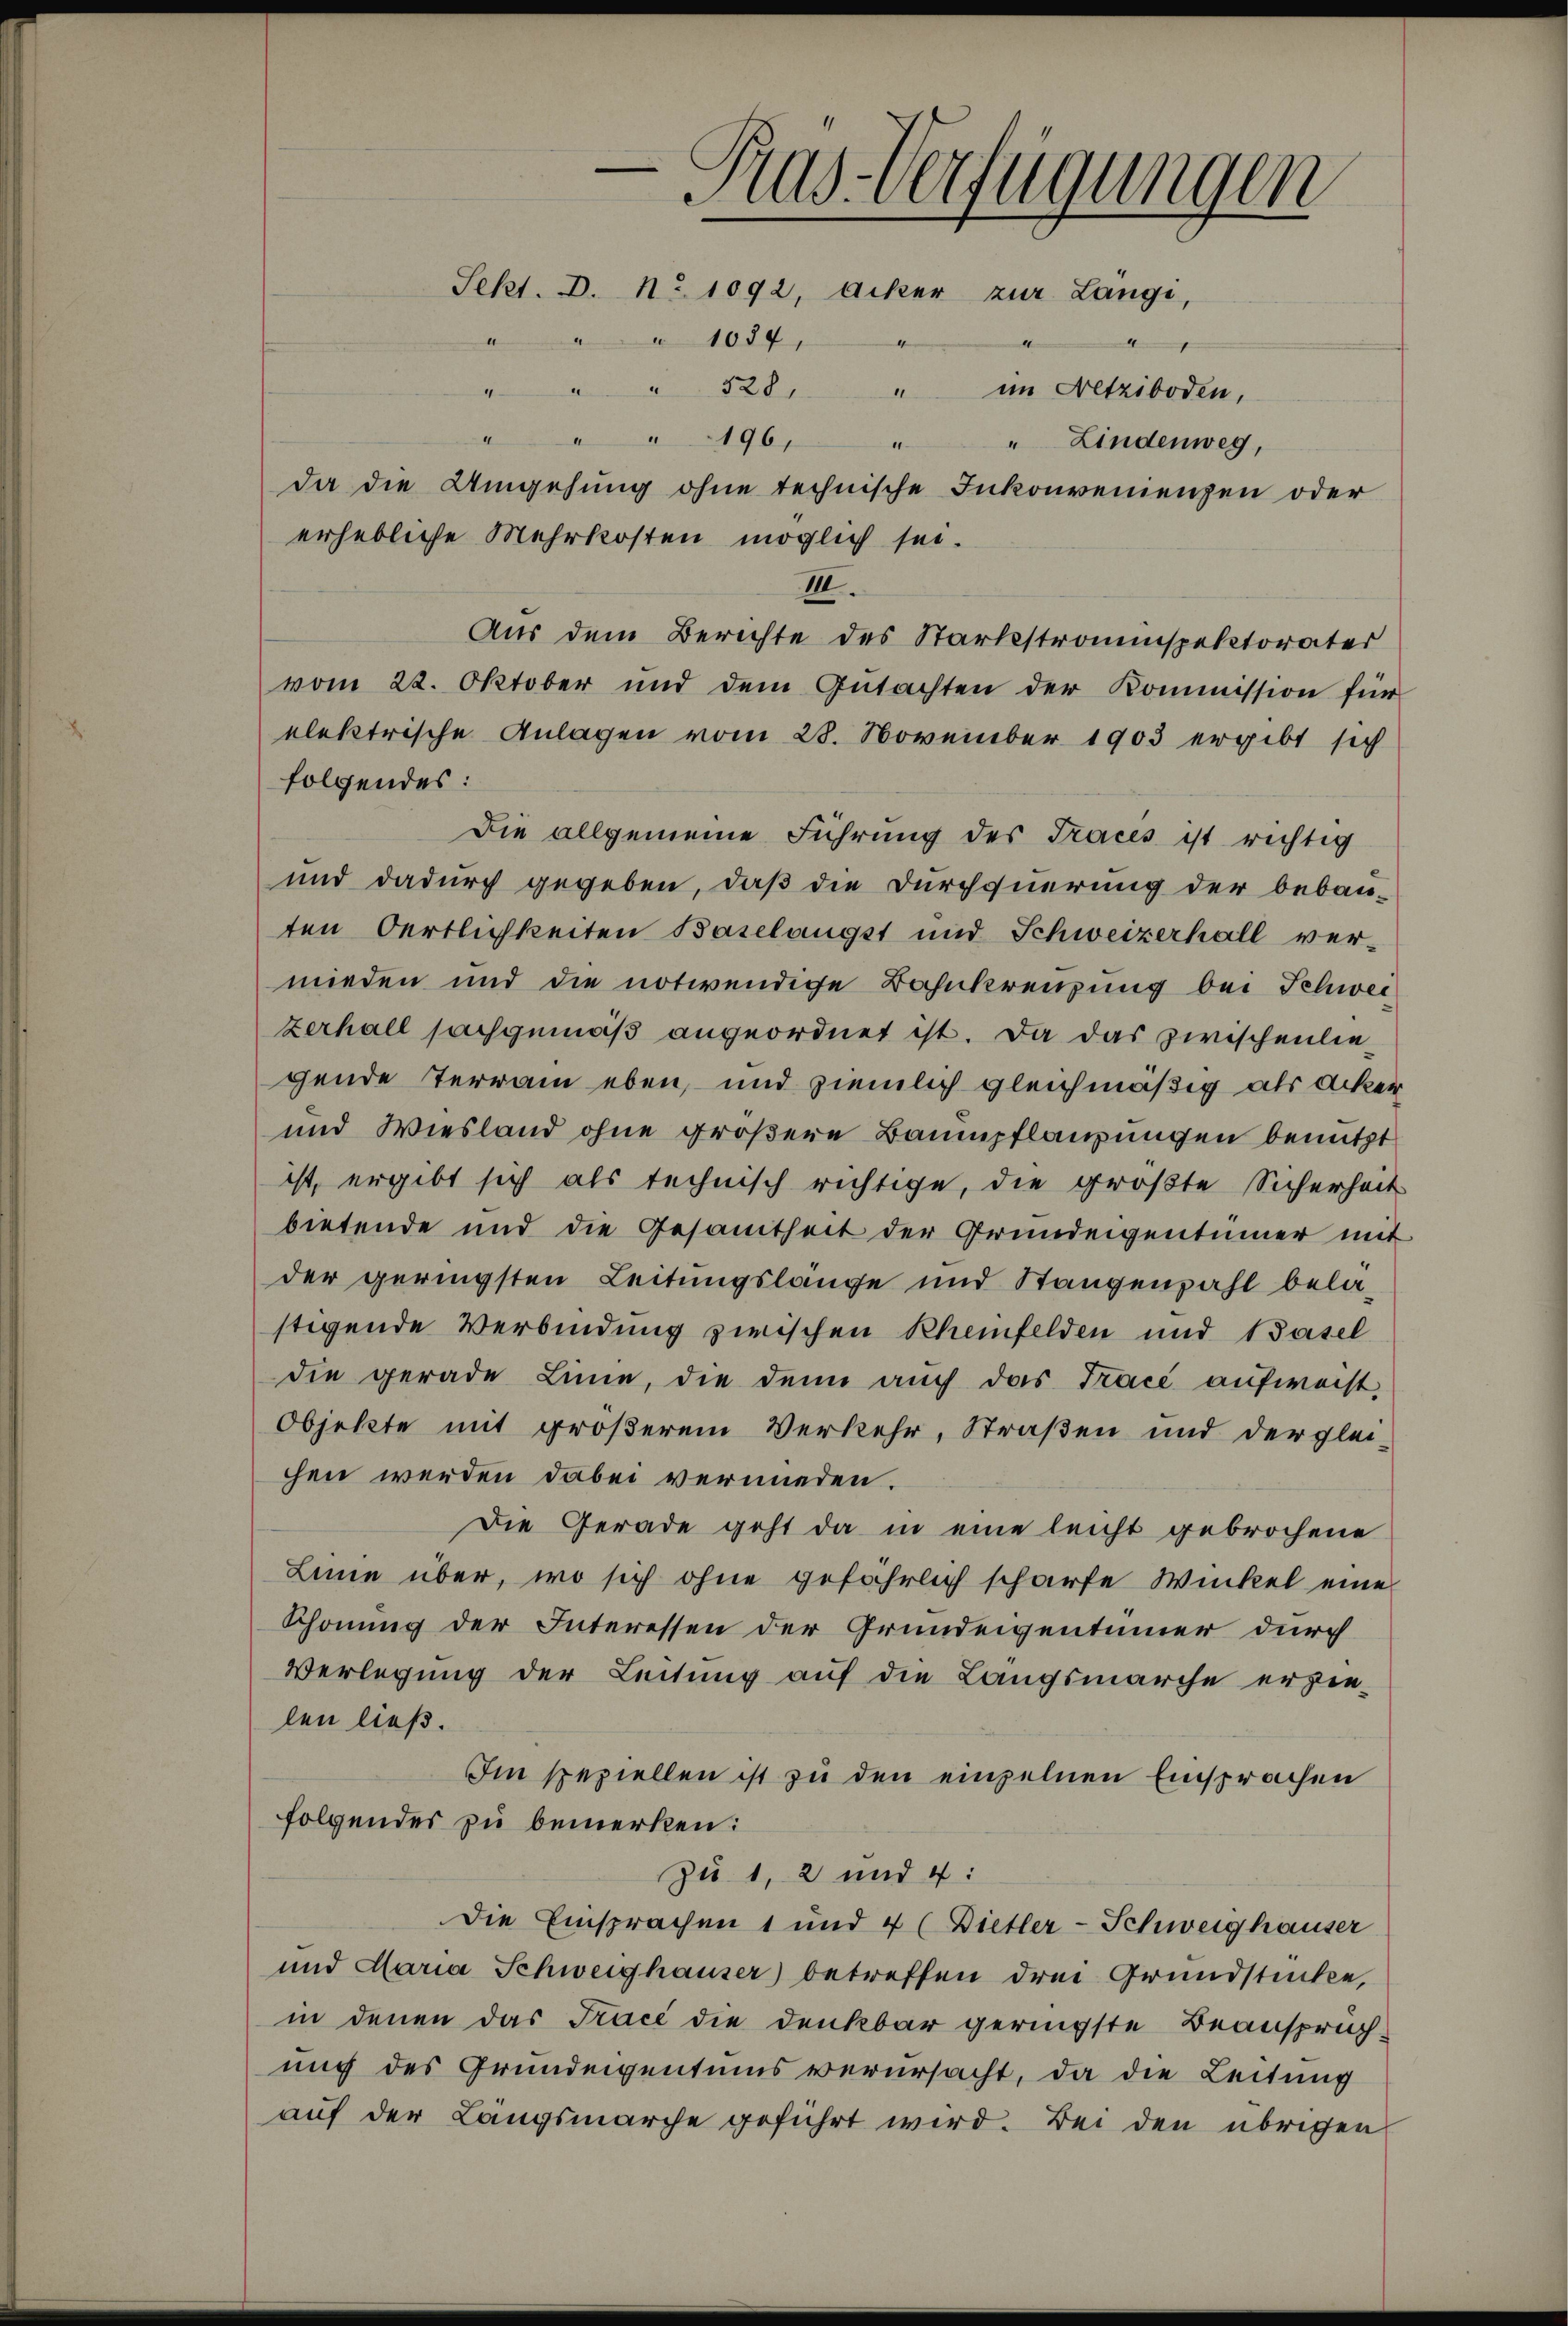
erhebliche Mehrkosten möglich sei.
III.
Aus dem Berichte des Starkstromspektorater
vom 22. Oktober und dem Gŭtachten der Kommission für
elektrische Anlagen vom 28. November 1903 ergibt sich
folgendes:
Die allgemeine Führung des Traces ist richtig
und dadurch gegeben, daß die Durchsuerung der bebau-
ten Oertlichkeiten Baselangst und Schweizerhall ver-
mieden und die notwendige Bahnkreuzung bei Schwei
zerhall sachgemäß angeordnet ist. Da das zwischenliegende Terrain eben, und ziemlich gleichmäßig als Acker
und Wiesland ohne größere Baumpflanzungen benutzt
ist, ergibt sich als technisch richtige, die größte Sicherheit
bietende und die Gesamtheit der Grundeigentümer mit
der geringsten Leitungslänge und Stangenzahl belastigende Verbindung zwischen Rheinfelden und Basel
die gerade Linie, die denn auch das Tracé aufweist,
Objekte mit größerem Verkehr, Straßen und der glei-
chen werden dabei vermieden.
Die Gerade geht da in eine leicht gebrochene
Leine über, wo sich ohne gefährlich scharfe Winkel eine
Schonung der Interessen der Grundeigentümer durch
Verlegung der Leitung auf die Langsmarche erzie-
len ließ.
Im speziellen ist zu den einzelnen Einsprachen
folgendes zu bemerken:
zu 1, 2 und 4:
Die Einsprachen 1 und 4 (Dietler-Schweighauser
und Maria Schweighauser) betreffen drei Grundstücke,
in denen das Trace die denkbar geringste Beansprüchung des Grundeigentums verursacht, da die Leitung
auf der Längsmarche geführt wird. Bei den übrigen

-Pras-Verfügungen
Sekt. D. No 1092, Acker zur Langi,
1034,
.
" " " 328. " im Netziboden,
196
11
" Lindenweg,
da die Umgehung ohne technische Inkonvenienzen oder